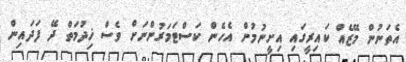
އެތަނުން މޭޒެއް ކައިރީގައި އިށީނުމުން އެހެން ކަސްޓަމަރުންނަށް ވެސް ޚިދުމަތް ދޭ ފަދައިން